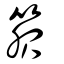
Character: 箙